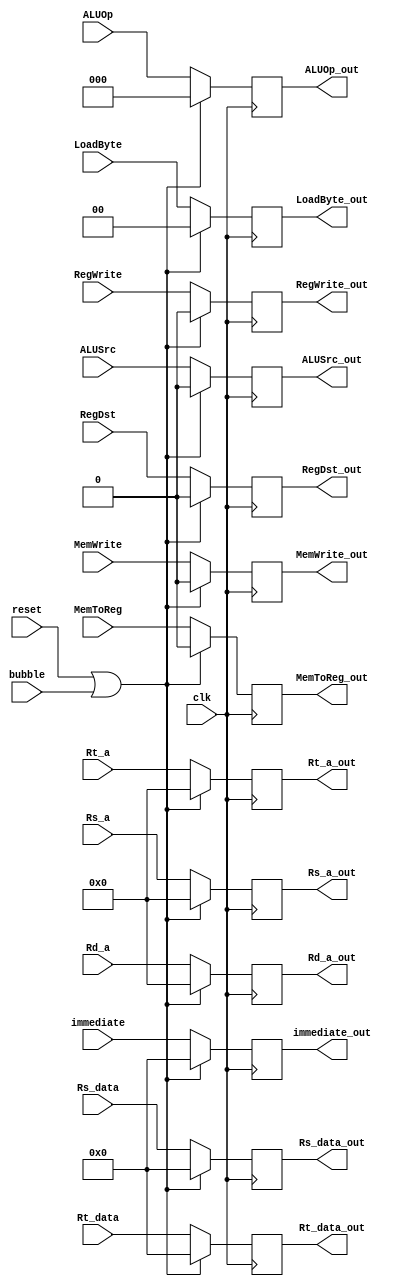
module IDEXReg (
    input clk,
    input reset,
    input bubble,

    input [4:0] Rs_a,
    output reg [4:0] Rs_a_out,

    input [4:0] Rt_a,
    output reg [4:0] Rt_a_out,

    input [4:0] Rd_a,
    output reg [4:0] Rd_a_out,

    input [31:0] Rs_data,
    output reg [31:0] Rs_data_out,

    input [31:0] Rt_data,
    output reg [31:0] Rt_data_out,

    input [31:0] immediate,
    output reg [31:0] immediate_out,

    // control signals
    input ALUSrc,
    output reg ALUSrc_out,

    input [2:0] ALUOp,
    output reg [2:0] ALUOp_out,

    input RegDst,
    output reg RegDst_out,

    input MemWrite,
    output reg MemWrite_out,

    input MemToReg,
    output reg MemToReg_out,

    input RegWrite,
    output reg RegWrite_out,
    
    input [1:0] LoadByte,
    output reg [1:0] LoadByte_out);

    always @(posedge clk) begin
        if (reset | bubble) begin
            Rs_a_out <= 0;
            Rt_a_out <= 0;
            Rd_a_out <= 0;
            Rs_data_out <= 0;
            Rt_data_out <= 0;
            immediate_out <= 0;
            
            ALUSrc_out <= 0;
            ALUOp_out <= 0;
            RegDst_out <= 0;
            MemWrite_out <= 0;
            MemToReg_out <= 0;
            RegWrite_out <= 0;
            LoadByte_out <= 0;

        end else begin
            Rs_a_out <= Rs_a;
            Rt_a_out <= Rt_a;
            Rd_a_out <= Rd_a;
            Rs_data_out <= Rs_data;
            Rt_data_out <= Rt_data;
            immediate_out <= immediate;

            ALUSrc_out <= ALUSrc;
            ALUOp_out <= ALUOp;
            RegDst_out <= RegDst;
            MemWrite_out <= MemWrite;
            MemToReg_out <= MemToReg;
            RegWrite_out <= RegWrite;
            LoadByte_out <= LoadByte;
        end
    end

endmodule